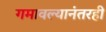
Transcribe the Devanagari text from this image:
गमावल्यानंतरही